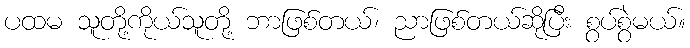
ပထမ သူတို့ကိုယ်သူတို့ ဘာဖြစ်တယ်၊ ညာဖြစ်တယ်ဆိုပြီး စွပ်စွဲမယ်။